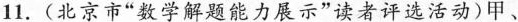
11.(北京市”数学解题能力展示”读者评选活动)甲、